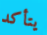
يتأكد